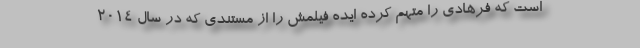
است که فرهادی را متهم کرده ایده فیلمش را از مستندی که در سال ۲۰۱۴